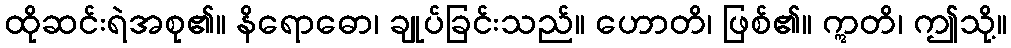
ထိုဆင်းရဲအစု၏။ နိရောဓော၊ ချုပ်ခြင်းသည်။ ဟောတိ၊ ဖြစ်၏။ ဣတိ၊ ဤသို့။